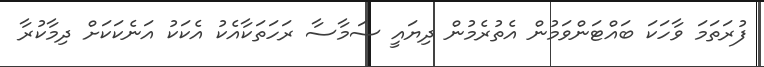
ފުރަތަމަ ވާހަކަ ބައްޓަންވަމުން އެތުރެމުން ދިޔައީ ސަމާސާ ރަހަތަކާއެކު އެކަކު އަނެކަކަށް ދިމާކުރާ